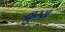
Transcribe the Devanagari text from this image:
ब्रूम्स